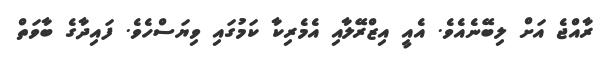
ރާއްޖެ އަށް ލިބޭނެއެވެ. އެއީ އިޒްރޭލާއި އެމެރިކާ ކަމުގައި ވިޔަސްހެވެ. ފައިދާގެ ބާވަތް